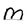
Character: M